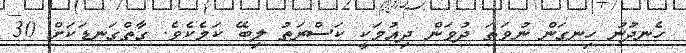
ހެނދުނު ހިނގަން ނުވަތަ ދުވަން ދިއުމަކީ ކަސްރަތު ލިބޭ ކަމެކެވެ. ގާތްގަނޑަކަށް 30